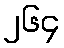
၂၆၄